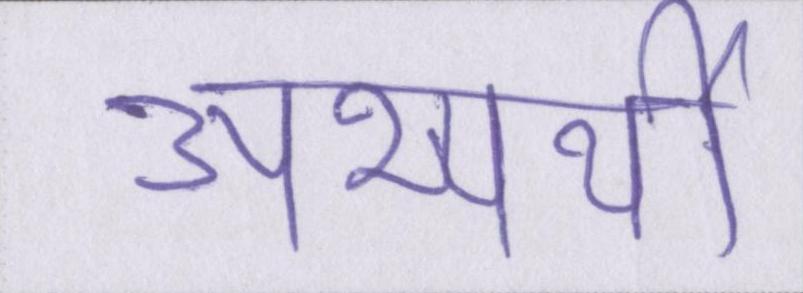
अभ्यर्थी